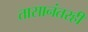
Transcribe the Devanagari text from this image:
तासानंतरही